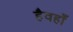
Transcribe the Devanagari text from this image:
हैवहाँ